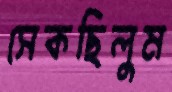
সেকছিলুম